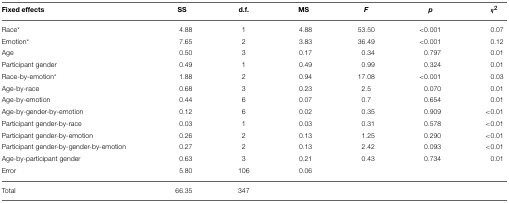
<table><thead><tr><td><b>Fixed effects</b></td><td><b>SS</b></td><td><b>d.f.</b></td><td><b>MS</b></td><td><b><i>F</i></b></td><td><b><i>p</i></b></td><td><b>η<sup>2</sup></b></td></tr></thead><tbody><tr><td>Race<sup>*</sup></td><td>4.88</td><td>1</td><td>4.88</td><td>53.50</td><td>&lt;0.001</td><td>0.07</td></tr><tr><td>Emotion<sup>*</sup></td><td>7.65</td><td>2</td><td>3.83</td><td>36.49</td><td>&lt;0.001</td><td>0.12</td></tr><tr><td>Age</td><td>0.50</td><td>3</td><td>0.17</td><td>0.34</td><td>0.797</td><td>0.01</td></tr><tr><td>Participant gender</td><td>0.49</td><td>1</td><td>0.49</td><td>0.99</td><td>0.324</td><td>0.01</td></tr><tr><td>Race-by-emotion<sup>*</sup></td><td>1.88</td><td>2</td><td>0.94</td><td>17.08</td><td>&lt;0.001</td><td>0.03</td></tr><tr><td>Age-by-race</td><td>0.68</td><td>3</td><td>0.23</td><td>2.5</td><td>0.070</td><td>0.01</td></tr><tr><td>Age-by-emotion</td><td>0.44</td><td>6</td><td>0.07</td><td>0.7</td><td>0.654</td><td>0.01</td></tr><tr><td>Age-by-gender-by-emotion</td><td>0.12</td><td>6</td><td>0.02</td><td>0.35</td><td>0.909</td><td>&lt;0.01</td></tr><tr><td>Participant gender-by-race</td><td>0.03</td><td>1</td><td>0.03</td><td>0.31</td><td>0.578</td><td>&lt;0.01</td></tr><tr><td>Participant gender-by-emotion</td><td>0.26</td><td>2</td><td>0.13</td><td>1.25</td><td>0.290</td><td>&lt;0.01</td></tr><tr><td>Participant gender-by-gender-by-emotion</td><td>0.27</td><td>2</td><td>0.13</td><td>2.42</td><td>0.093</td><td>&lt;0.01</td></tr><tr><td>Age-by-participant gender</td><td>0.63</td><td>3</td><td>0.21</td><td>0.43</td><td>0.734</td><td>0.01</td></tr><tr><td>Error</td><td>5.80</td><td>106</td><td>0.06</td><td></td><td></td><td></td></tr><tr><td>Total</td><td>66.35</td><td>347</td><td></td><td></td><td></td><td></td></tr></tbody></table>